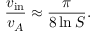
{ \frac { v _ { \mathrm { i n } } } { v _ { A } } } \approx { \frac { \pi } { 8 \ln S } } .